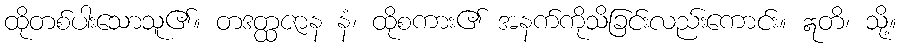
ထိုတစ်ပါးသောသူ၏။ တဒတ္ထဇာန နံ၊ ထိုစကား၏ အနက်ကိုသိခြင်းလည်းကောင်း။ ဣတိ၊ သို့။